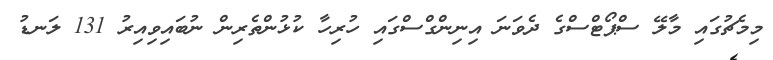
މިމެޗުގައި މާލޭ ސްޕޯޓްސްގެ ދެވަނަ އިނިންގްސްގައި ހުރިހާ ކުޅުންތެރިން ނުބައިވިއިރު 131 ލަނޑު